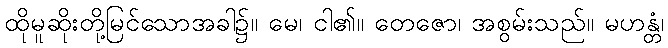
ထိုမူဆိုးတို့မြင်သောအခါ၌။ မေ၊ ငါ၏။ တေဇော၊ အစွမ်းသည်။ မဟန္တံ၊